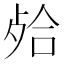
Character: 𣨄